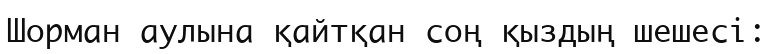
Шорман аулына қайтқан соң қыздың шешесі: